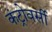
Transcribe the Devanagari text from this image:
कंट्रोवर्सी